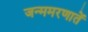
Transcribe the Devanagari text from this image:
जन्ममरणातें